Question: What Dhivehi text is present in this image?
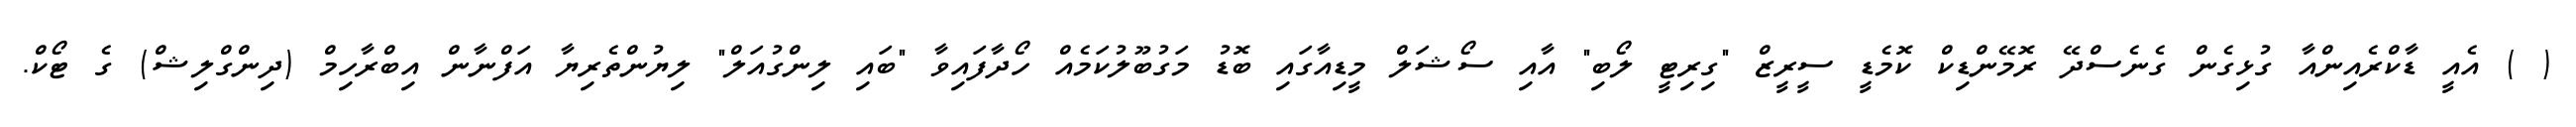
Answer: ( ) އެއީ ޑާކްރެއިންއާ ގުޅިގެން ގެނެސްދޭ ރޮމޭންޑިކް ކޮމެޑީ ސީރީޒް "ގިރިޓީ ލޯބި" އާއި ސޯޝަލް މީޑިއާގައި ބޮޑު މަގުބޫލުކަމެއް ހޯދާފައިވާ "ބައި ލިންގުއަލް" ލިޔުންތެރިޔާ އަފްނާން އިބްރާހިމް (ދިންގްލިޝް) ގެ ޓޯކް.